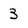
Character: 3